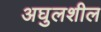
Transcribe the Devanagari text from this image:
अघुलशील